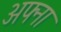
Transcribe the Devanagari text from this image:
अफ्ना